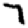
Digit: 7